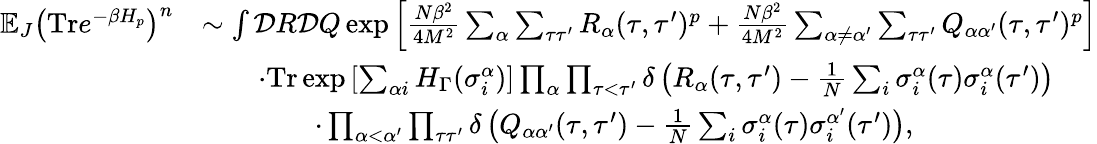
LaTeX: \begin{array}{rl}{\mathbb{E}_{J}\big(\textrm{Tr}e^{-\beta H_{p}}\big)^{n}}&{\sim\int\mathcal{D}R\mathcal{D}Q\exp{\left[\frac{N\beta^{2}}{4M^{2}}\sum_{\alpha}\sum_{\tau\tau^{\prime}}R_{\alpha}(\tau,\tau^{\prime})^{p}+\frac{N\beta^{2}}{4M^{2}}\sum_{\alpha\neq\alpha^{\prime}}\sum_{\tau\tau^{\prime}}Q_{\alpha\alpha^{\prime}}(\tau,\tau^{\prime})^{p}\right]}}\\ &{\qquad\cdot\textrm{Tr}\exp{\left[\sum_{\alpha i}H_{\Gamma}(\sigma_{i}^{\alpha})\right]}\prod_{\alpha}\prod_{\tau<\tau^{\prime}}\delta\left(R_{\alpha}(\tau,\tau^{\prime})-\frac{1}{N}\sum_{i}\sigma_{i}^{\alpha}(\tau)\sigma_{i}^{\alpha}(\tau^{\prime})\right)}\\ &{\qquad\qquad\cdot\prod_{\alpha<\alpha^{\prime}}\prod_{\tau\tau^{\prime}}\delta\left(Q_{\alpha\alpha^{\prime}}(\tau,\tau^{\prime})-\frac{1}{N}\sum_{i}\sigma_{i}^{\alpha}(\tau)\sigma_{i}^{\alpha^{\prime}}(\tau^{\prime})\right),}\end{array}